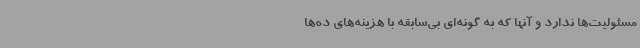
مسئولیت‌ها ندارد و آنها که به‌ گونه‌ای بی‌سابقه با هزینه‌های ده‌ها